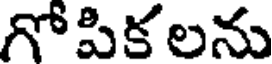
గోపికలను